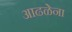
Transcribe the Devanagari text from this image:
आढळेना